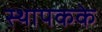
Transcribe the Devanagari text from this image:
स्थापकके